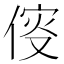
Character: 𠋢